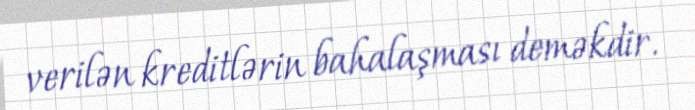
verilən kreditlərin bahalaşması deməkdir.